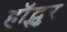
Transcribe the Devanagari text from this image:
हॉट्स्पुर